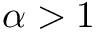
\alpha > 1